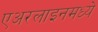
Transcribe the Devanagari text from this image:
एअरलाइनमध्ये